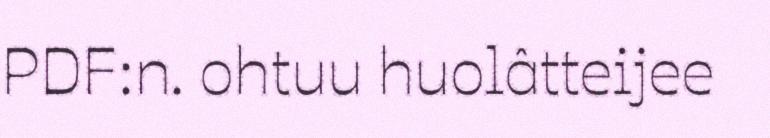
PDF:n. ohtuu huolâtteijee